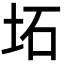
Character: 坧